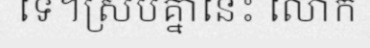
ទេ។ស្របគ្នានេះ លោក